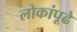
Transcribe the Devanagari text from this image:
लोकांपूढे